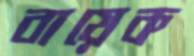
বায়েক